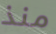
منذ